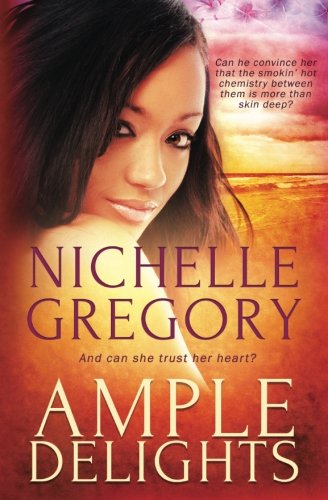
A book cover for Ample Delights; Nichelle Gregory; Romance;